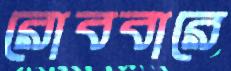
রোববারে